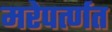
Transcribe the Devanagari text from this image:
मरेपर्त्णत